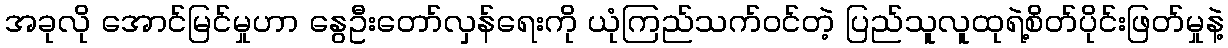
အခုလို အောင်မြင်မှုဟာ နွေဦးတော်လှန်ရေးကို ယုံကြည်သက်ဝင်တဲ့ ပြည်သူလူထုရဲ့စိတ်ပိုင်းဖြတ်မှုနဲ့